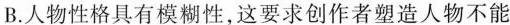
B.人物性格具有模糊性,这要求创作者塑造人物不能